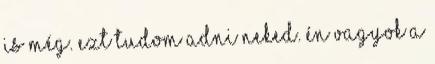
is még. Ezt tudom adni neked. Én vagyok a